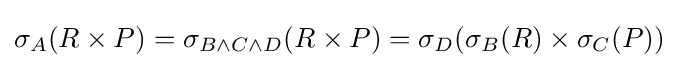
\sigma _{A}(R\times P)=\sigma _{B\wedge C\wedge D}(R\times P)=\sigma _{D}(\sigma _{B}(R)\times \sigma _{C}(P))